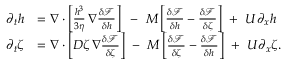
\begin{array} { r l } { \partial _ { t } h } & { = \nabla \cdot \left[ \frac { h ^ { 3 } } { 3 \eta } \, \nabla \frac { \delta \mathcal { F } } { \delta h } \right] \ \, - \ M \left[ \frac { \delta \mathcal { F } } { \delta h } - \frac { \delta \mathcal { F } } { \delta \zeta } \right] \ + \ U \partial _ { x } h } \\ { \partial _ { t } \zeta } & { = \nabla \cdot \left[ D \zeta \, \nabla \frac { \delta \mathcal { F } } { \delta \zeta } \right] \ - \ M \left[ \frac { \delta \mathcal { F } } { \delta \zeta } - \frac { \delta \mathcal { F } } { \delta h } \right] \ + \ U \partial _ { x } \zeta . } \end{array}